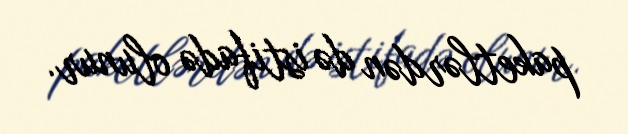
paketlərdən də istifadə olunur.